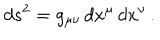
LaTeX: d s ^ { 2 } = g _ { \mu \nu } \, d x ^ { \mu } \, d x ^ { \nu } \, .